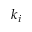
k _ { i }